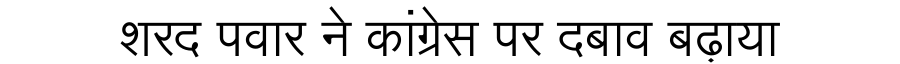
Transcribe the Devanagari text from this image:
शरद पवार ने कांग्रेस पर दबाव बढ़ाया